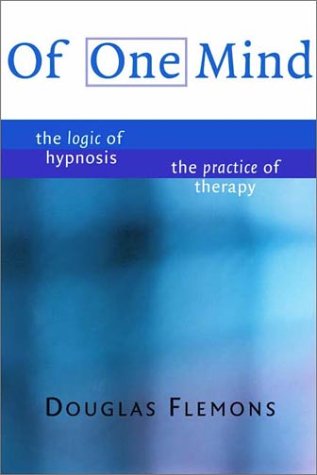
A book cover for Of One Mind: The Logic of Hypnosis, The Practice of Therapy; Douglas Flemons; Health, Fitness & Dieting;